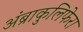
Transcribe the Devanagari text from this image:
अंब्राकुलिफेरा